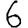
Digit: 6